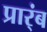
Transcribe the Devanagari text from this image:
प्रार्ंब